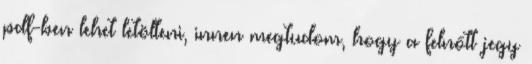
pdf-ben lehet letölteni, innen megtudom, hogy a felnőtt jegy